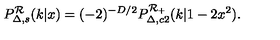
P _ { \Delta , s } ^ { \cal R } ( k | x ) = ( - 2 ) ^ { - D / 2 } P _ { \Delta , c 2 } ^ { \cal R _ { + } } ( k | 1 - 2 x ^ { 2 } ) .